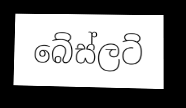
බේස්ලට්